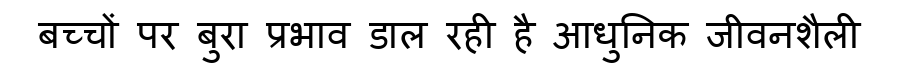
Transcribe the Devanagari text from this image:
बच्चों पर बुरा प्रभाव डाल रही है आधुनिक जीवनशैली